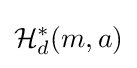
{\mathcal {H}}_{d}^{*}(m,a)